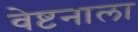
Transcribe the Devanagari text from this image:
वेष्टनाला